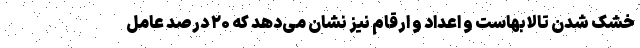
خشک شدن تالابهاست و اعداد و ارقام نیز نشان می‌دهد که ۲۰ درصد عامل